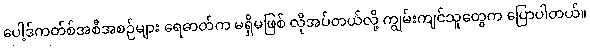
ပေါ့ဒ်ကတ်စ်အစီအစဉ်များ ရေဓာတ်က မရှိမဖြစ် လိုအပ်တယ်လို့ ကျွမ်းကျင်သူတွေက ပြောပါတယ်။